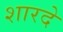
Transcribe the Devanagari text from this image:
शारदे